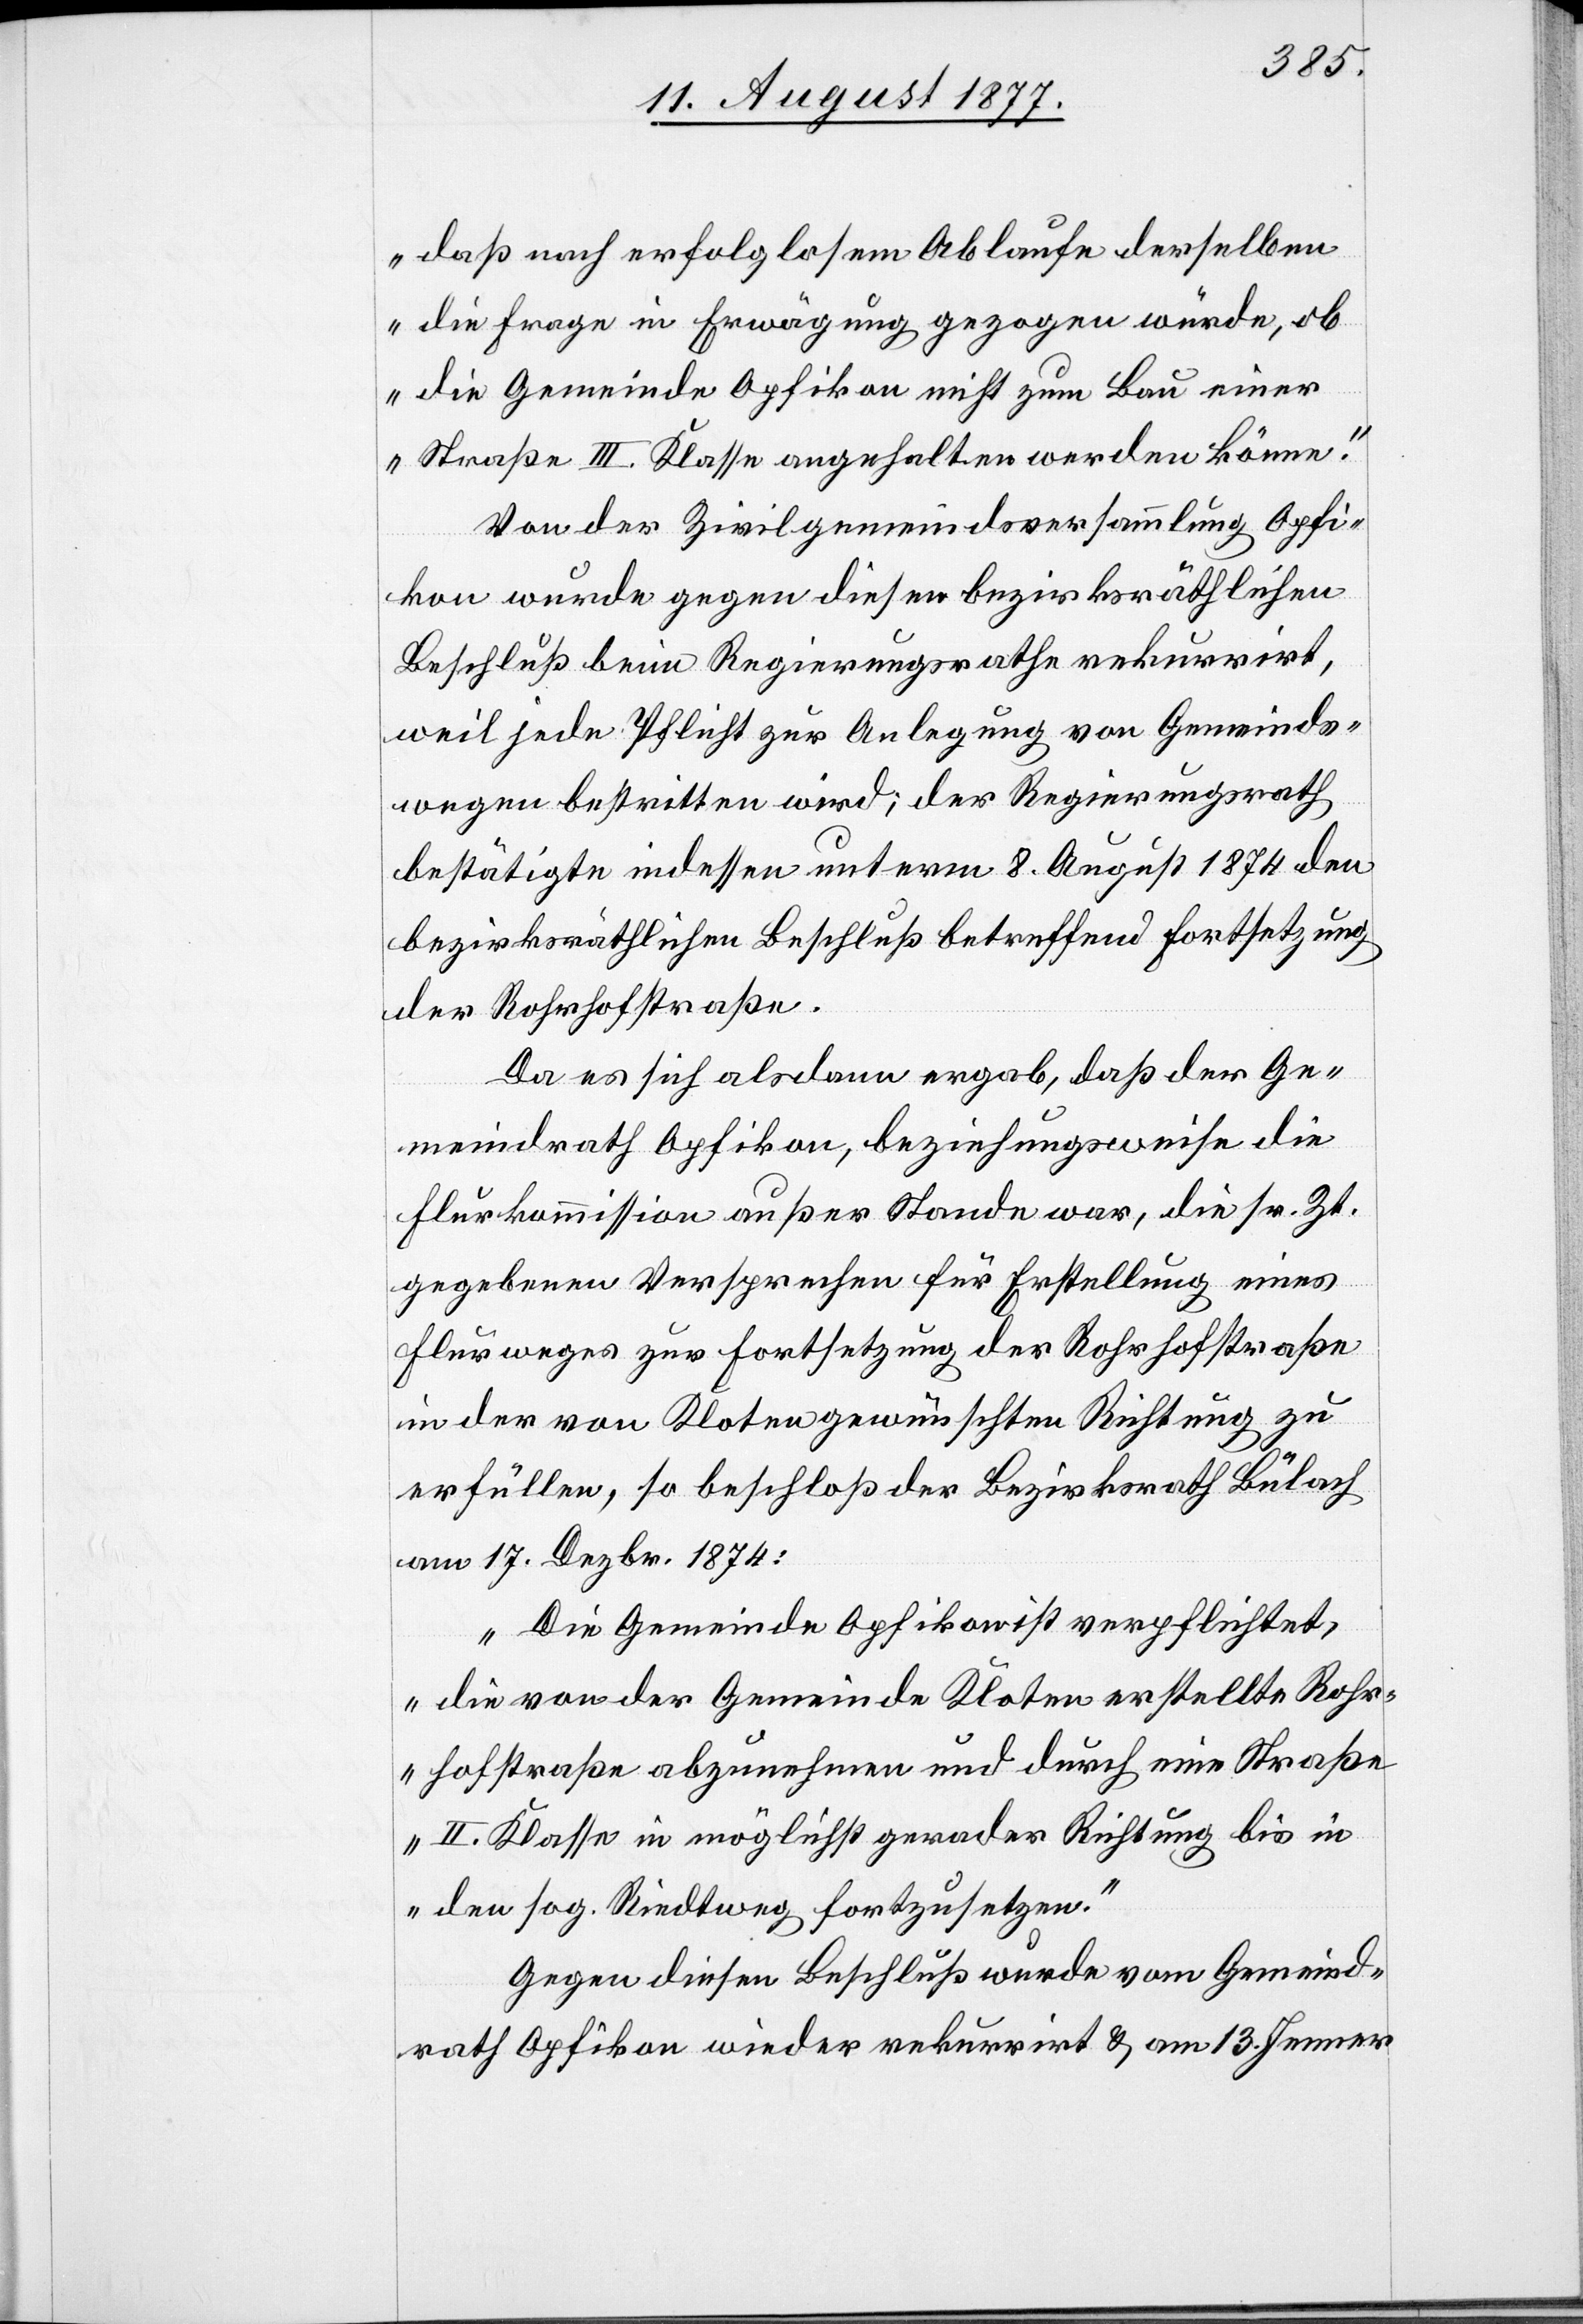
daß nach erfolglosem Ablaufe derselben
die Frage in Erwägung gezogen würde, ob
die Gemeinde Opfikon nicht zum Bau einer
Straße III. Klasse angehalten werden könne.“
Von der Zivilgemeindsversammlung Opfi¬
kon wurde gegen diesen bezirksräthlichen
Beschluß beim Regierungsrathe rekurrirt,
weil jede Pflicht zur Anlegung von Gemeinds¬
wegen bestritten wird; der Regierungsrath
bestätigte indessen unterm 8. August 1874 den
bezirksräthlichen Beschluß betreffend Fortsetzung
der Rohrhofstraße.
Da es sich alsdann ergab, daß der Ge¬
meindrath Opfikon, beziehungsweise die
Flurkommission außer Stande war, die sr. Zt.
gegebenen Versprechen für Erstellung eines
Flurweges zur Fortsetzung der Rohrhofstraße
in der von Kloten gewünschten Richtung zu
erfüllen, so beschloß der Bezirksrath Bülach
am 17. Dezbr. 1874:
„Die Gemeinde Opfikon ist verpflichtet,
die von der Gemeinde Kloten erstellte Rohr¬
hofstraße abzunehmen und durch eine Straße
II. Klasse in möglichst gerader Richtung bis in
den sog. Riedtweg fortzusetzen.“
Gegen diesen Beschluß wurde vom Gemeind¬
rath Opfikon wieder rekurrirt & am 13. Jenner